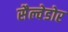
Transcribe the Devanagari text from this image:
सैल्वेडोर